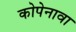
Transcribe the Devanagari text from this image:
कोपेनावा